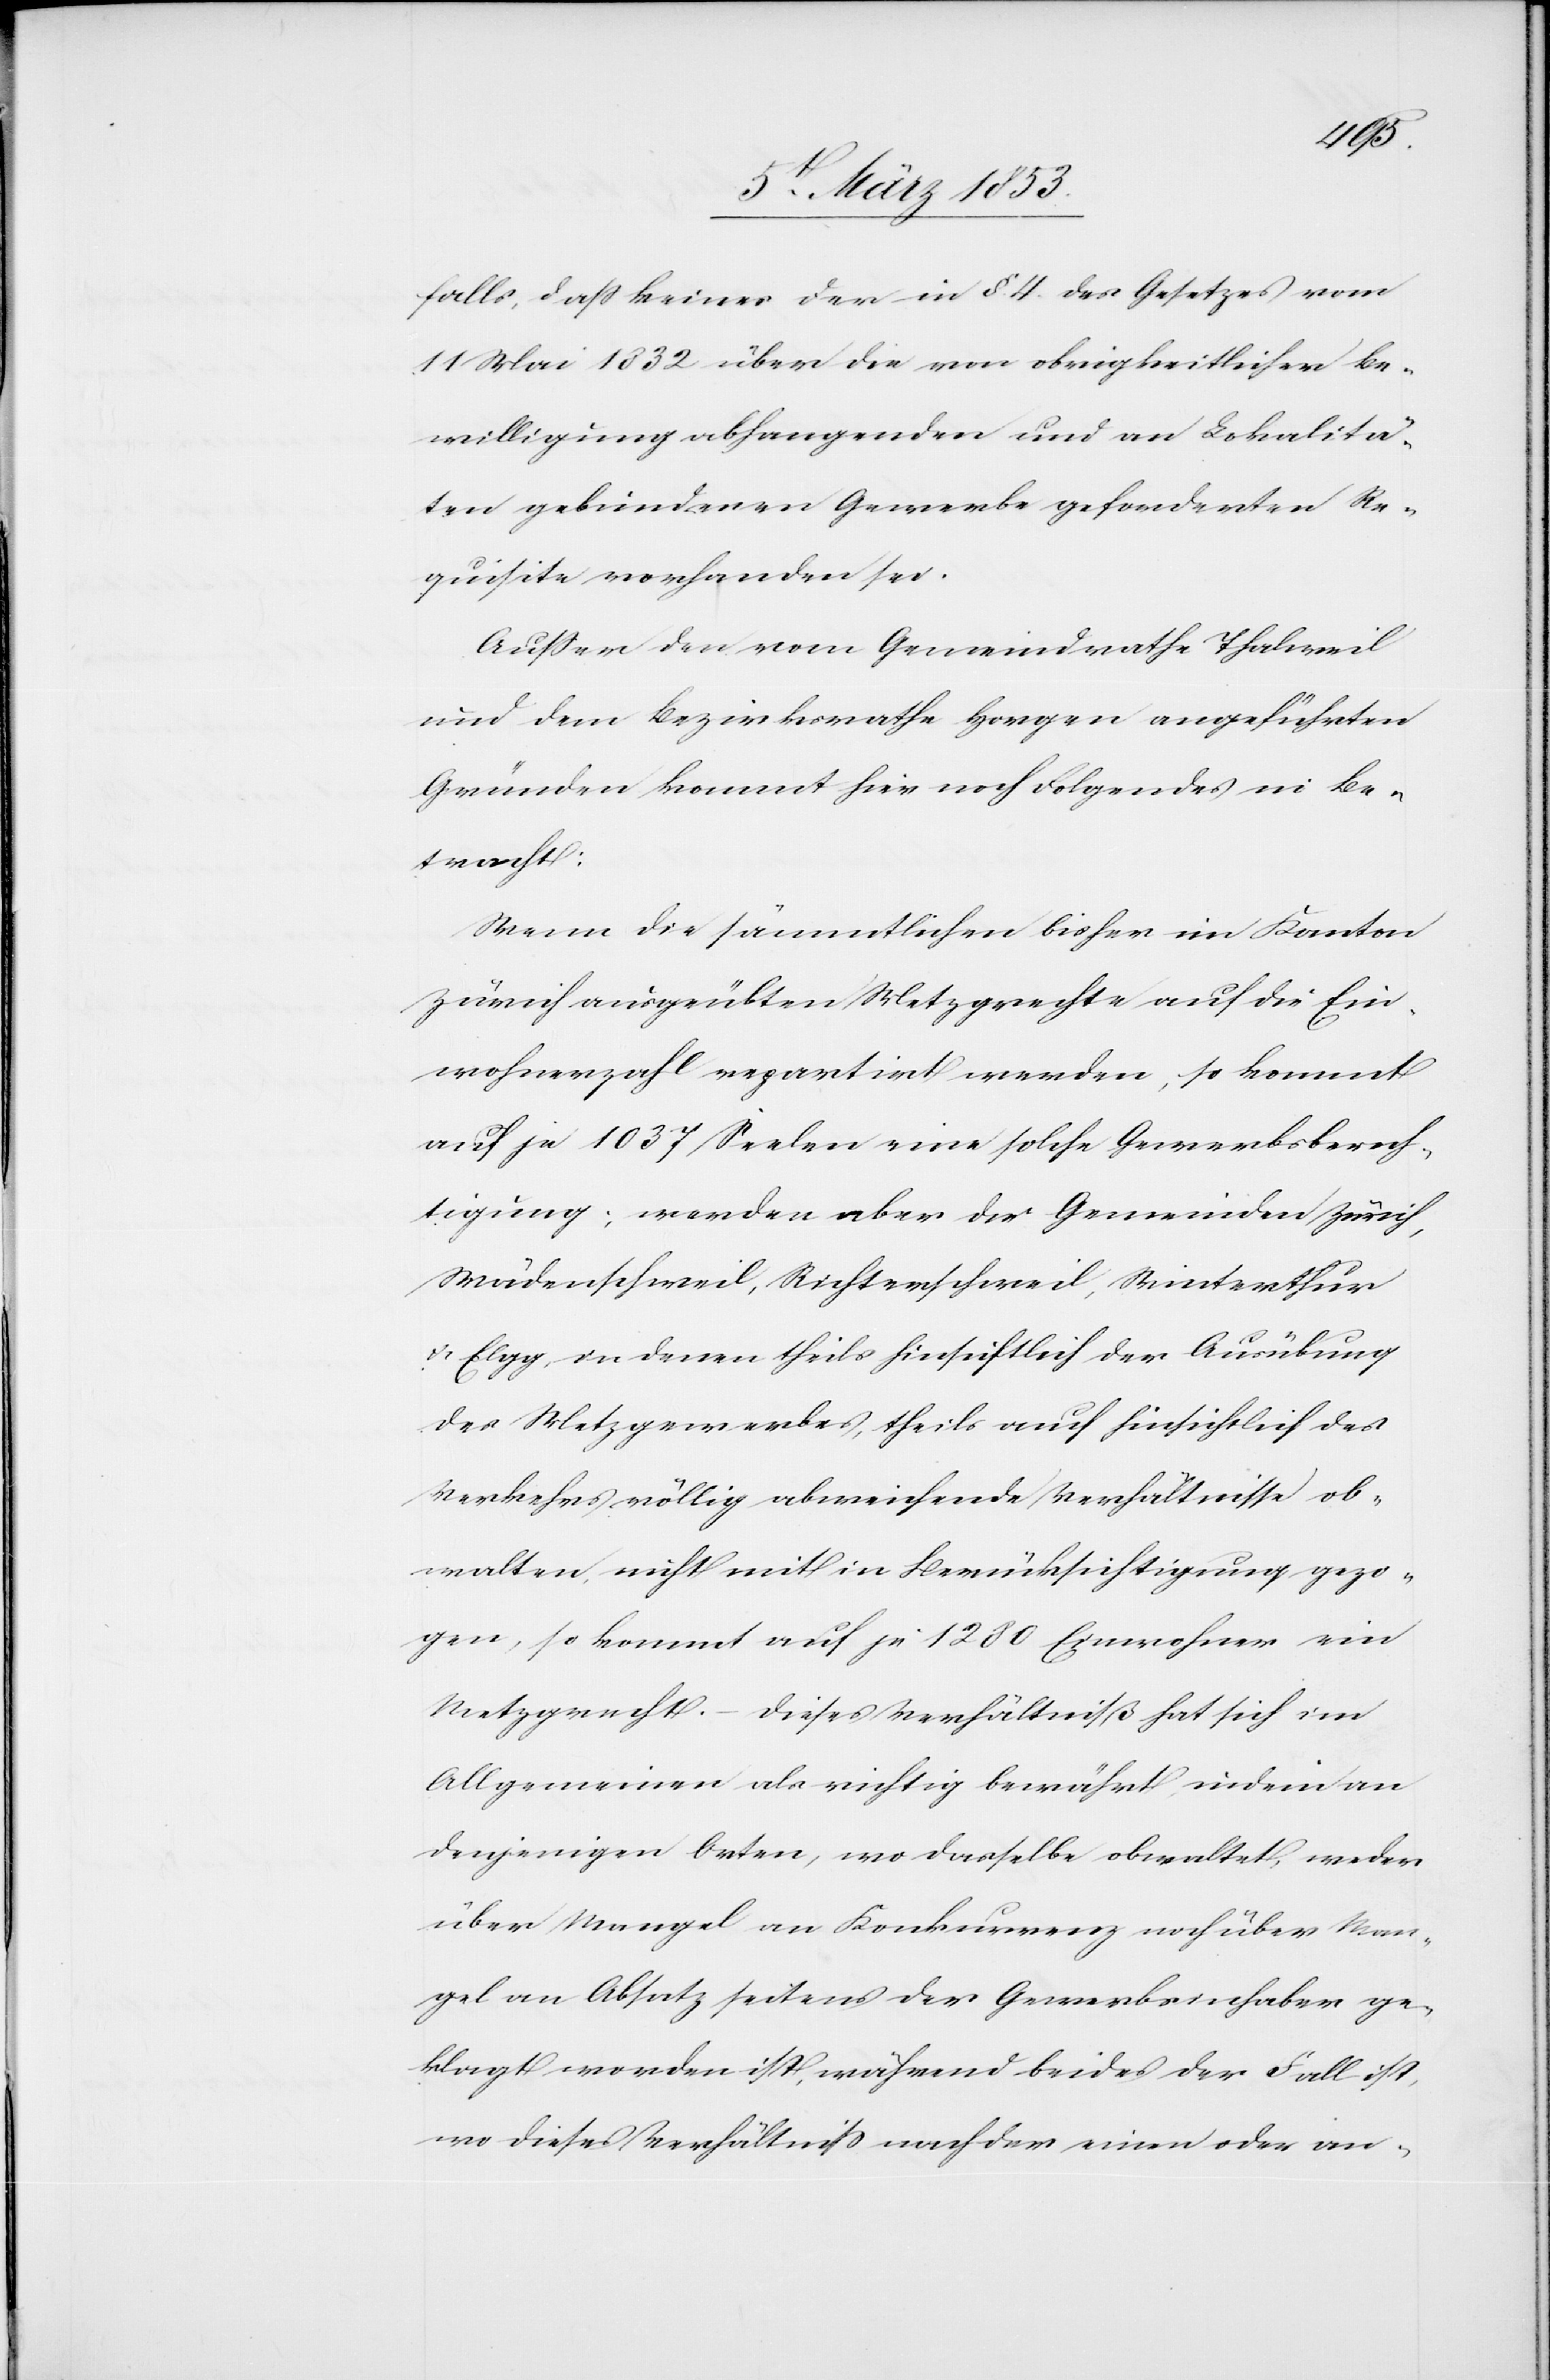
falls, daß keiner der in § 4. des Gesetzes vom
11 Mai 1832 über die vom obrigkeitlicher Be¬
willigung abhangenden und an Lokalitä¬
ten gebundenen Gewerbe geforderten Re¬
quisite vorhanden sei.
Außer den vom Gemeindrathe Thalweil
und dem Bezirksrathe Horgen angeführten
Gründen kommt hier noch folgendes in Be¬
tracht:
Wenn die sämmtlichen bisher im Kanton
Zürich ausgeübten Metzgrechte auf die Ein¬
wohnerzahl repartirt werden, so kommt
auf je 1037 Seelen eine solche Gewerbsberech¬
tigung, werden aber die Gemeinden Zürich,
Wädenschweil, Richterschweil, Winterthur
u. Elgg, in denen theils hinsichtlich der Ausübung
des Metzgerwerbes, theils auch hinsichtlich des
Verkehrs völlig abweichende Verhältnisse ob¬
walten, nicht mit in Berücksichtigung gezo¬
gen, so kommt auf je 1280 Einwohner ein
Metzgrecht. – Dieses Verhältniß hat sich im
Allgemeinen als richtig bewährt indem an
denjenigen Orten, wo dasselbe obwaltet, weder
über Mangel an Konkurrenz noch über Man¬
gel an Absatz seitens der Gewerbsinhaber ge¬
klagt worden ist, während beides der Fall ist,
wo dieses Verhältniß nach der einen oder an-